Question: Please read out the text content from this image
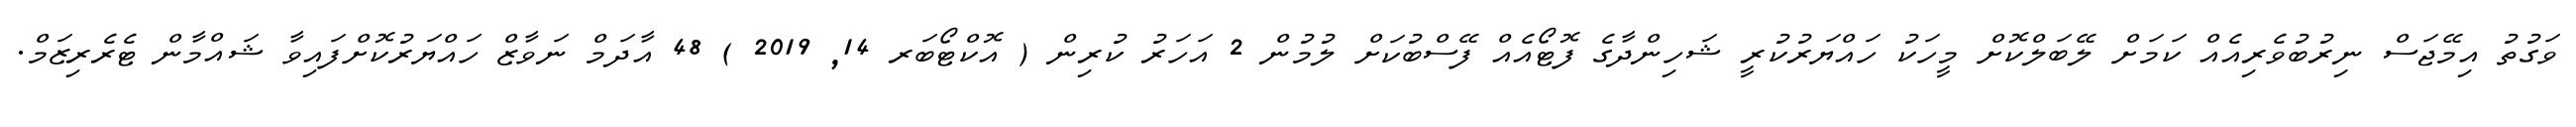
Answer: ވަގުތު އިމޭޖަސް ނިރުބުވެރިއެއް ކަމަށް ލޭބަލްކޮށް މީހަކު ހައްޔަރުކުރީ ޝަހިންދާގެ ފޮޓޯއެއް ފޭސްބުކަށް ލުމުން 2 އަހަރު ކުރިން ( އޮކްޓޯބަރ 14, 2019 ) 48 އާދަމް ނަވާޒް ހައްޔަރުކޮށްފައިވާ ޝައްމާން ޓެރެރިޒަމް.